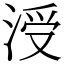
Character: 涭